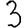
Digit: 3